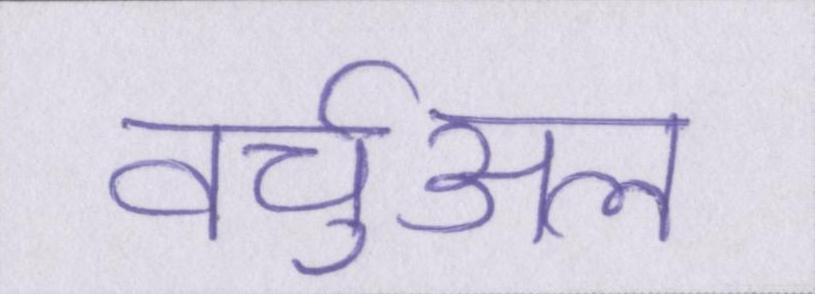
वर्चुअल